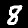
Label: 8